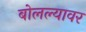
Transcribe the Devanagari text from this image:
बोलल्यावर